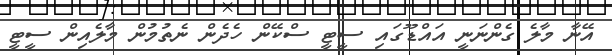
އޭނާ މާލެ ގެންނަނީ އައްޑޫގައި ސީޓީ ސްކޭން ހެދެން ނެތުމުން މާލެއިން ސީޓީ